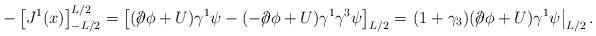
LaTeX: \begin{align*}-\left[J^1(x)\right]_{-L/2}^{L/2} = \left[(/\hspace{-0.5em}\partial\phi + U)\gamma^1\psi - (-/\hspace{-0.5em}\partial\phi + U)\gamma^1\gamma^3\psi\right]_{L/2} = \left.(1 + \gamma_3)(/\hspace{-0.5em}\partial\phi + U)\gamma^1\psi \right|_{L/2}.\end{align*}